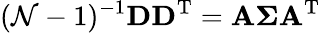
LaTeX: (\mathcal{N}-1)^{-1}\mathbf{{D}}\mathbf{{D}}^{\mathrm{{T}}}=\mathbf{{A}}\boldsymbol{\Sigma}\mathbf{{A}}^{\mathrm{{T}}}